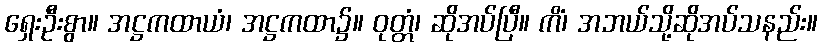
ရှေးဦးစွာ။ အဋ္ဌကထာယံ၊ အဋ္ဌကထာ၌။ ဝုတ္တံ၊ ဆိုအပ်ပြီ။ ကိံ၊ အဘယ်သို့ဆိုအပ်သနည်း။